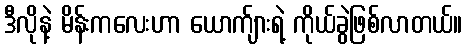
ဒီလိုနဲ့ မိန်းကလေးဟာ ယောက်ျားရဲ့ ကိုယ်ခွဲဖြစ်လာတယ်။